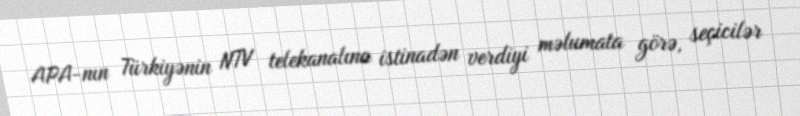
APA-nın Türkiyənin NTV telekanalına istinadən verdiyi məlumata görə, seçicilər